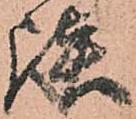
談